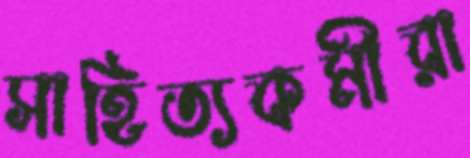
সাহিত্যকর্মীরা